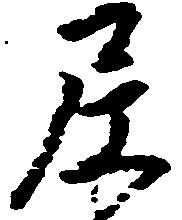
尼